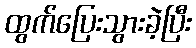
ထွက်ပြေးသွားခဲ့ပြီး